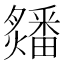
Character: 㸋